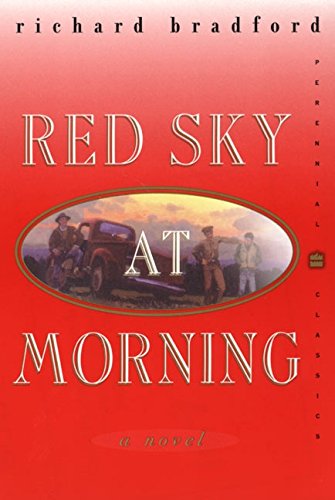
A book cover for Red Sky at Morning: A Novel (Perennial Classics); Richard Bradford; Romance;